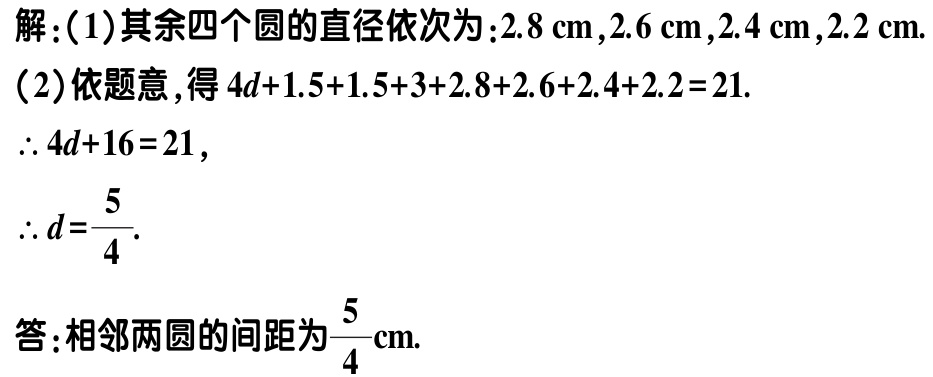
解：(1)其余四个圆的直径依次为：\(2.8\mathrm{cm},2.6\mathrm{cm},2.4\mathrm{cm},2.2\mathrm{cm}\).

(2)依题意，得\(4d + 1.5+1.5 + 3+2.8+2.6+2.4+2.2 = 21\).

\(\therefore 4d + 16 = 21\)，

\(\therefore d=\frac{5}{4}\).

答：相邻两圆的间距为\(\frac{5}{4}\mathrm{cm}\).